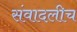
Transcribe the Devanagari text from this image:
संवादलीच